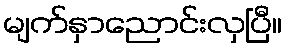
မျက်နှာညောင်းလှပြီ။